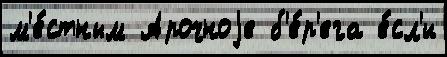
м'е́стным Арочноjе б'е́р'ега е́сл'и